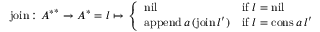
{ \mathrm { j o i n } } \colon { A ^ { * } } ^ { * } \to A ^ { * } = l \mapsto { \left\{ \begin{array} { l l } { { \mathrm { n i l } } } & { { \mathrm { i f } } \ l = { \mathrm { n i l } } } \\ { { \mathrm { a p p e n d } } \, a \, ( { \mathrm { j o i n } } \, l ^ { \prime } ) } & { { \mathrm { i f } } \ l = { \mathrm { c o n s } } \, a \, l ^ { \prime } } \end{array} \right. }